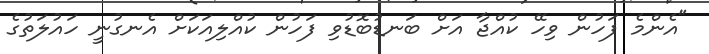
"އެންމެ ފަހުން ވިހޭ ކުއްޖާ އަށް ބަނޑުބޮޑުވި ފަހުން ކުއްލިއަކަށް އެނގުނީ ހައުލަތުގެ